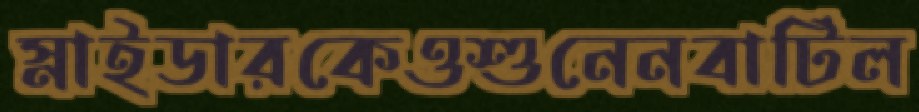
স্নাইডারকেওশুনেনবাটিল